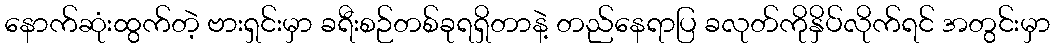
နောက်ဆုံးထွက်တဲ့ ဗားရှင်းမှာ ခရီးစဉ်တစ်ခုရရှိတာနဲ့ တည်နေရာပြ ခလုတ်ကိုနှိပ်လိုက်ရင် အတွင်းမှာ